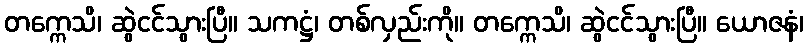
တက္ကေသိ၊ ဆွဲငင်သွားပြီ။ သကဋ္ဌံ၊ တစ်လှည်းကို။ တက္ကေသိ၊ ဆွဲငင်သွားပြီ။ ယောဇနံ၊